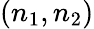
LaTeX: (n_{1},n_{2})